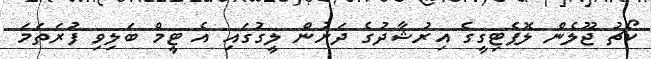
ކޯޗު ޖޫލެން ލޮޕެޓިގީގެ އިރުޝާދުގެ ދަށުން ލީގުގައި އެ ޓީމް ބަލިވި ފުރަތަމަ